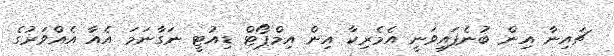
ޗައިނާ އިން ބުނެފައިވަނީ އެމެރިކާ އިން އިމްޕޯޓް ޑިއުޓީ ނަގާނަމަ އެއާ އެއްވަރުގެ